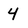
Character: 4